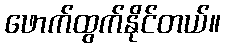
ဖောက်ထွက်နိုင်တယ်။